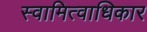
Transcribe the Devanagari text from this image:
स्वामित्वाधिकार